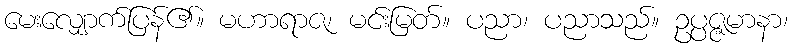
မေးလျှောက်ပြန်၏။ မဟာရာဇ၊ မင်းမြတ်။ ပညာ၊ ပညာသည်။ ဥပ္ပဇ္ဇမာနာ၊